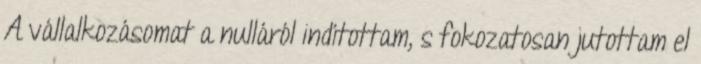
A vállalkozásomat a nulláról indítottam, s fokozatosan jutottam el